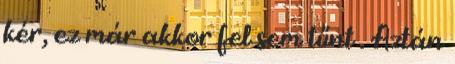
kér, ez már akkor fel sem tűnt . Aztán